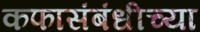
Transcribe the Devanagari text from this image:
कफासंबंधीच्या